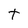
Character: t